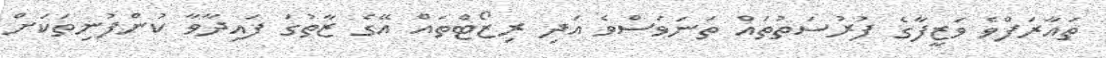
ތައާރަފްވެ ވަޒީފާގެ ފުރުސަތުތައް ތަނަވަސްވެ އަދި ރިޒޯޓްތައް އޭގެ ޒާތުގަ ފައިދާވާ ކުންފުނިތަކަށް